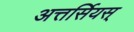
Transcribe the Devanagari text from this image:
अत्तर्सियस्